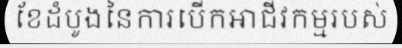
ខែដំបូងនៃការបើកអាជីវកម្មរបស់